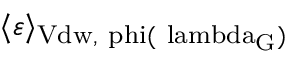
\langle \varepsilon \rangle _ { \mathrm { { V d w } , \ p h i ( \ l a m b d a _ { G } ) } }